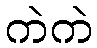
ကဲကဲ